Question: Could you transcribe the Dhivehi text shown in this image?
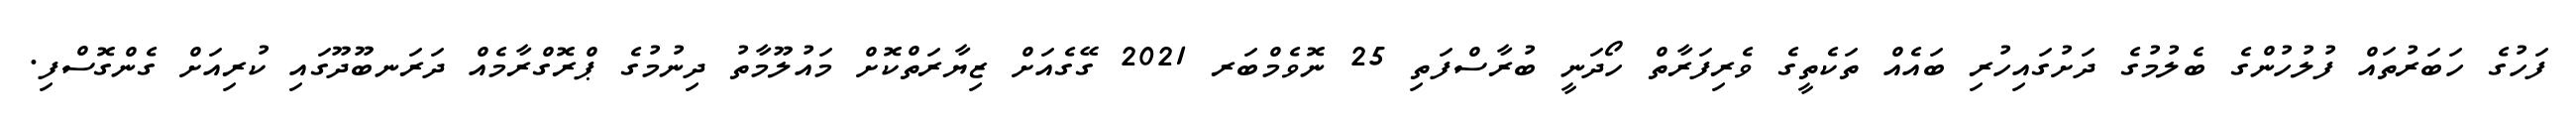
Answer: ފަހުގެ ހަބަރުތައް ފުލުހުންގެ ބެލުމުގެ ދަށުގައިހުރި ބައެއް ތަކެތީގެ ވެރިފަރާތް ހޯދަނީ ބުރާސްފަތި 25 ނޮވެމްބަރ 2021 ގޭގެއަށް ޒިޔާރަތްކޮށް މައުލޫމާތު ދިނުމުގެ ޕްރޮގްރާމެއް ދަރަނބޫދޫގައި ކުރިއަށް ގެންގޮސްފި.